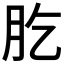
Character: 肐